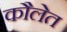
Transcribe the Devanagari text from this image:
कौलेत